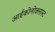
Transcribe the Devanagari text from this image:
आईकोनोक्लास्ट